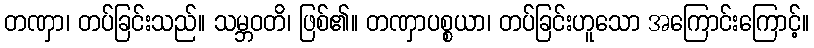
တဏှာ၊ တပ်ခြင်းသည်။ သမ္ဘဝတိ၊ ဖြစ်၏။ တဏှာပစ္စယာ၊ တပ်ခြင်းဟူသော အကြောင်းကြောင့်။